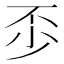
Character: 𠀰